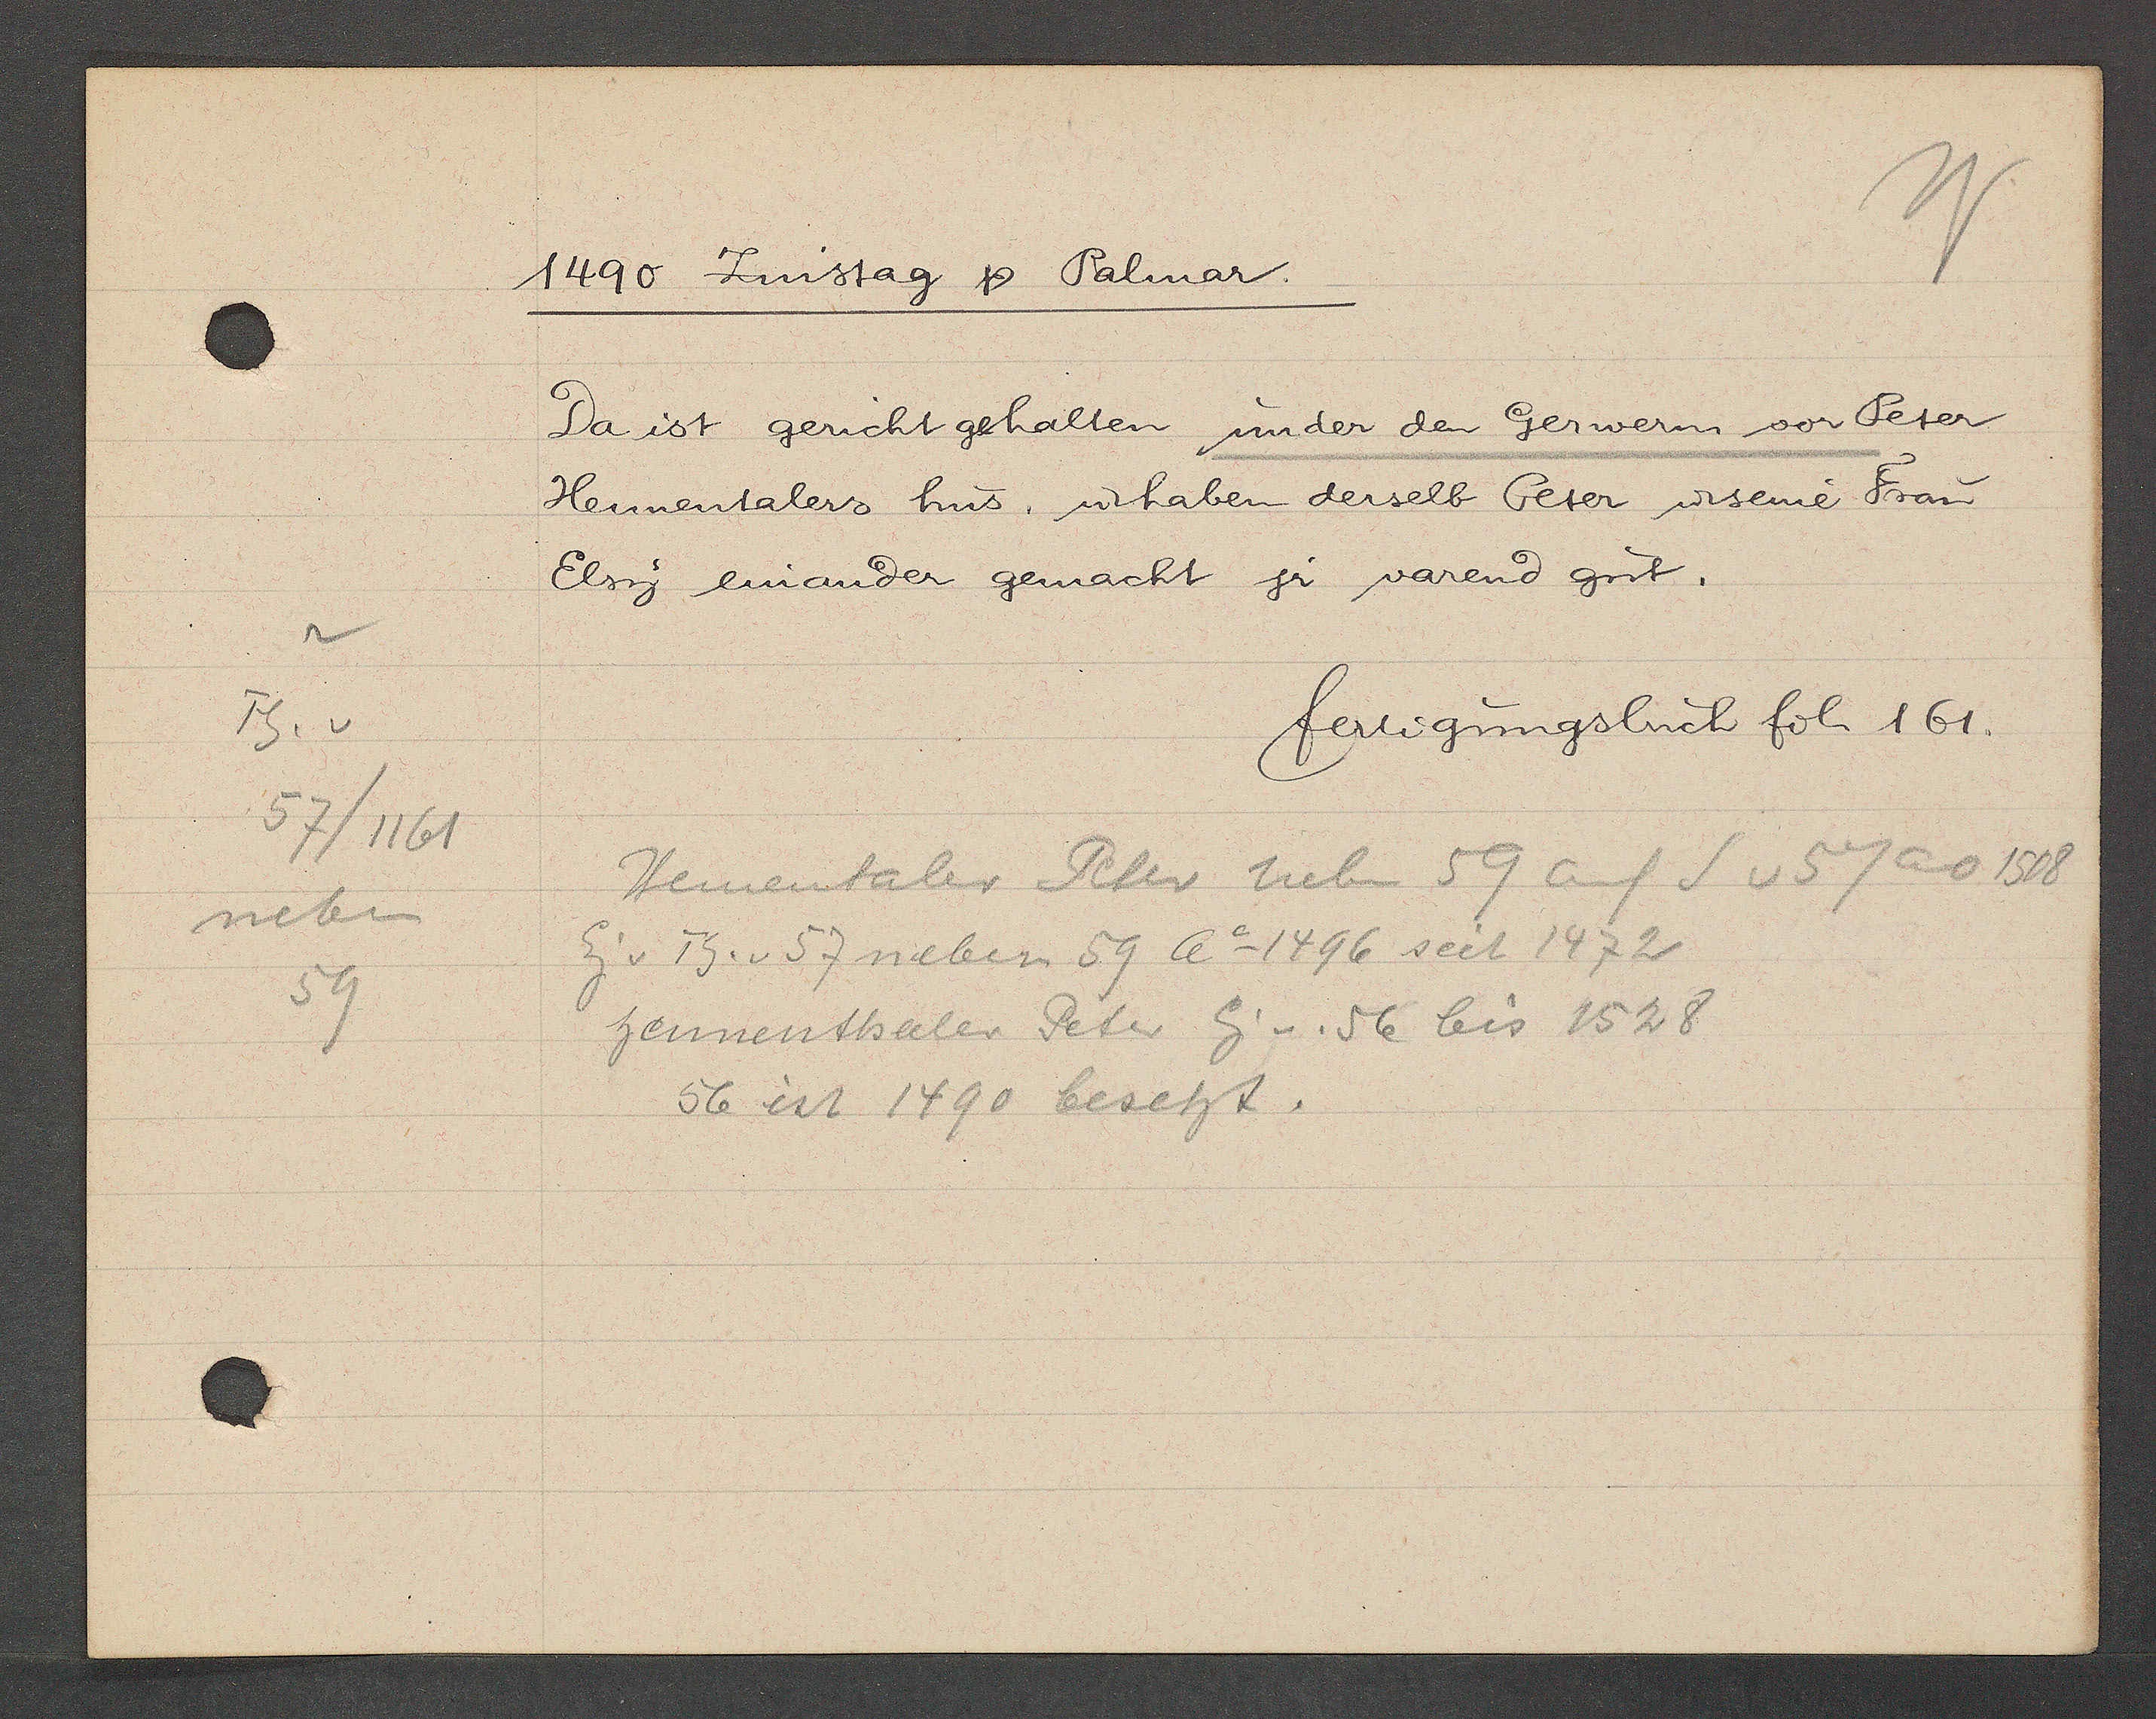
Transcript:
Th. v
57/1161
neben
59

1490 Zinstag Ƿ Palmar.

Da ist gericht gehalten under den Gerwern vor Peter
Hennentalers hus, u haben derselb Peter u seine Frau
Elsis einander gemacht jr varend git.

fertigungsbuch fol. 161.

Hennentaler Peter neben 59 auf S v 57 ao 1508
Eig v Th. v 57 neben 59 Ao 1496 seit 1472
hennenthaler Peter Eig v. 56 bis 1528
56 ist 1490 besetzt.